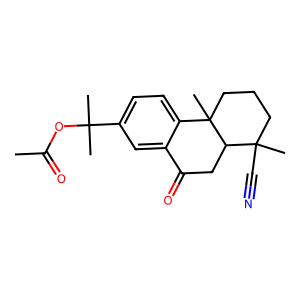
SMILES: CC(=O)OC(C)(C)c1ccc2c(c1)C(=O)CC1C(C)(C#N)CCCC21C
Inhibits HIV replication: No